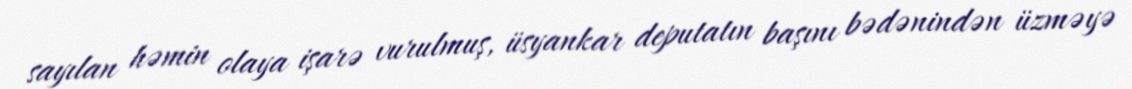
sayılan həmin olaya işarə vurulmuş, üsyankar deputatın başını bədənindən üzməyə